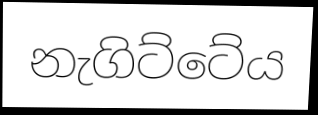
නැගිට්ටේය